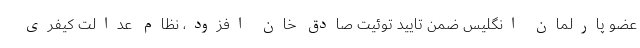
عضو پارلمان انگلیس ضمن تایید توئیت صادق خان افزود، نظام عدالت کیفری